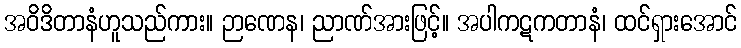
အဝိဒိတာနံဟူသည်ကား။ ဉာဏေန၊ ညာဏ်အားဖြင့်။ အပါကဋကတာနံ၊ ထင်ရှားအောင်